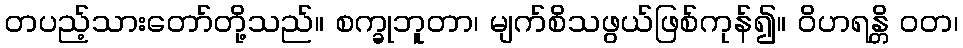
တပည့်သားတော်တို့သည်။ စက္ခုဘူတာ၊ မျက်စိသဖွယ်ဖြစ်ကုန်၍။ ဝိဟရန္တိ ဝတ၊